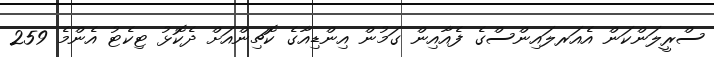
ސްރީލަންކަން އެއަރލައިންސްގެ ފެއާއިން ގަމުން އިންޑިއާގެ ކޮޗިންއަށް ދެކޮޅު ޓިކެޓު އެންމެ 259